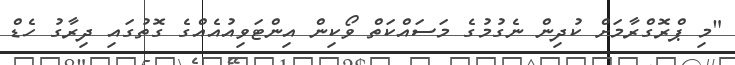
"މި ޕްރޮގްރާމަށް ކުދިން ނެގުމުގެ މަސައްކަތް ވޯކިން އިންޓަވިއުއެއްގެ ގޮތުގައި ދިރާގު ހެޑް